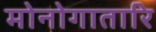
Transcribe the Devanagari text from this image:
मोनोगातारि